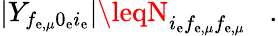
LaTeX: |Y_{f_{\mathrm{e},\mu}0_{\mathrm{e}}i_{\mathrm{e}}}|\leqN_{i_{\mathrm{e}}f_{\mathrm{e},\mu}f_{\mathrm{e},\mu}}\; \; \; .